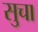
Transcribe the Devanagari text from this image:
सुचा